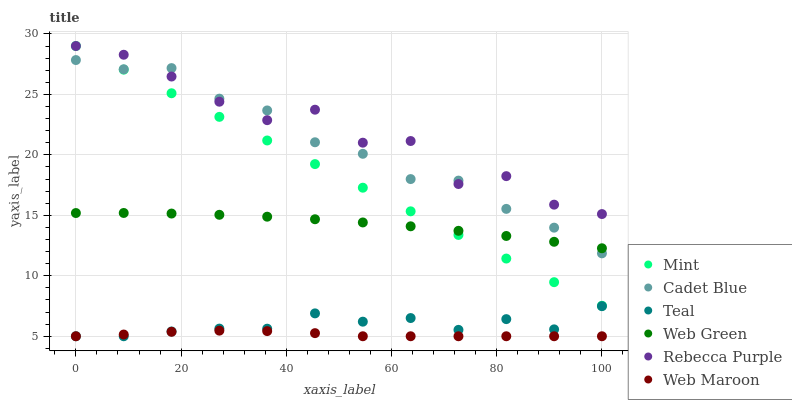
| xaxis_label | Mint | Cadet Blue | Teal | Web Green | Rebecca Purple | Web Maroon |
 | --- | --- | --- | --- | --- | --- | --- |
 | 0 | 29 | 27.8 | 5 | 15.2 | 29 | 5 |
 | 9.09 | 27 | 27.1 | 5 | 15.2 | 28.3 | 5.14 |
 | 18.2 | 25.1 | 27.2 | 5.39 | 15.1 | 26.5 | 5.37 |
 | 27.3 | 23.1 | 24.6 | 5.63 | 15 | 24.4 | 5.46 |
 | 36.4 | 21.2 | 23.7 | 5.63 | 14.9 | 22.9 | 5.43 |
 | 45.5 | 19.2 | 21 | 6.89 | 14.7 | 23.7 | 5.26 |
 | 54.5 | 17.3 | 20.1 | 6.21 | 14.4 | 21 | 5 |
 | 63.6 | 15.3 | 18 | 6.51 | 14.1 | 21.1 | 5 |
 | 72.7 | 13.4 | 17.9 | 5.53 | 13.7 | 17.6 | 5 |
 | 81.8 | 11.4 | 15.5 | 6.42 | 13.3 | 18.2 | 5 |
 | 90.9 | 9.47 | 14 | 5.57 | 12.8 | 15.9 | 5 |
 | 100 | 7.52 | 11.9 | 7.49 | 12.3 | 15.1 | 5 |